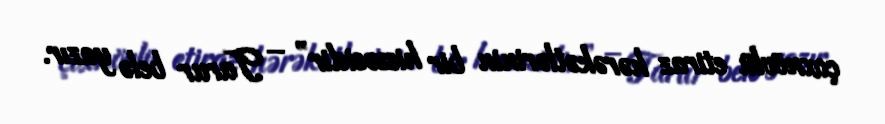
çoxnövlü etiraz hərəkətlərinin bir hissəsidir” – Tarur belə yazır.